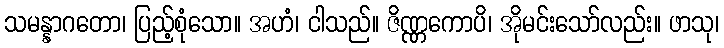
သမန္နာဂတော၊ ပြည့်စုံသော။ အဟံ၊ ငါသည်။ ဇိဏ္ဏကောပိ၊ အိုမင်းသော်လည်း။ ဖာသု၊